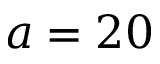
a = 2 0